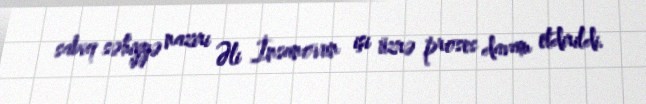
sabiq səhiyyə naziri Əli İnsanovun işi üzrə proses davam etdirildi.